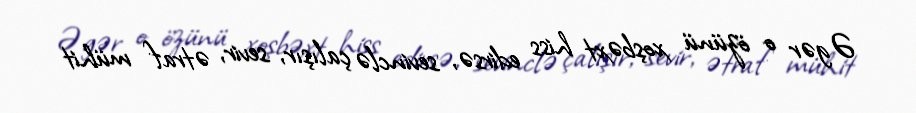
Əgər o özünü xoşbəxt hiss edirsə, sevinclə çalışır, sevir, ətraf mühit